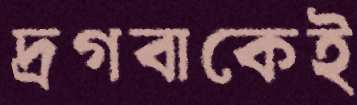
দ্রগবাকেই